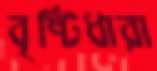
বৃষ্টিধারা